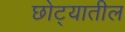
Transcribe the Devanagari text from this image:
छोट्यातील